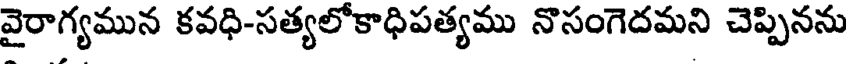
వైరాగ్యమున కవధి-సత్యలోకాధిపత్యము నొసంగెదమని చెప్పినను